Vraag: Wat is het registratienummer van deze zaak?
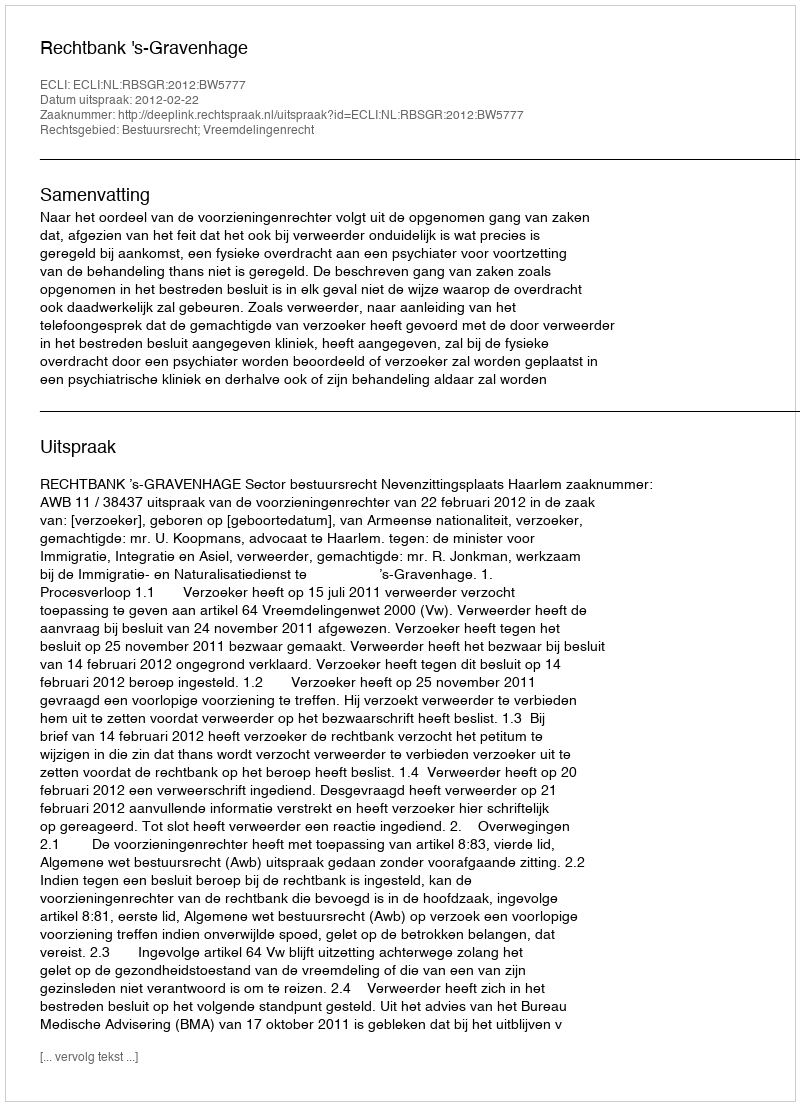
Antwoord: http://deeplink.rechtspraak.nl/uitspraak?id=ECLI:NL:RBSGR:2012:BW5777